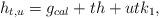
LaTeX: \begin{align*}h_{t,u}=g_{cal}+th +utk_{1},\end{align*}